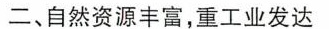
二、自然资源丰富，重工业发达